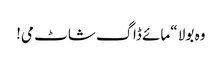
وہ بولا “مائے ڈاگ شاٹ می!